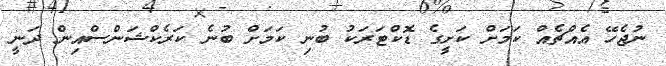
ނުޖެހޭ އެއްޗެއް ކަމަށް ކަށީގެ ޑޮކްޓަރަކު ބުނި ކަމަށް ބުނެ ކަރެކްޝަންސްއިން ދަނީ